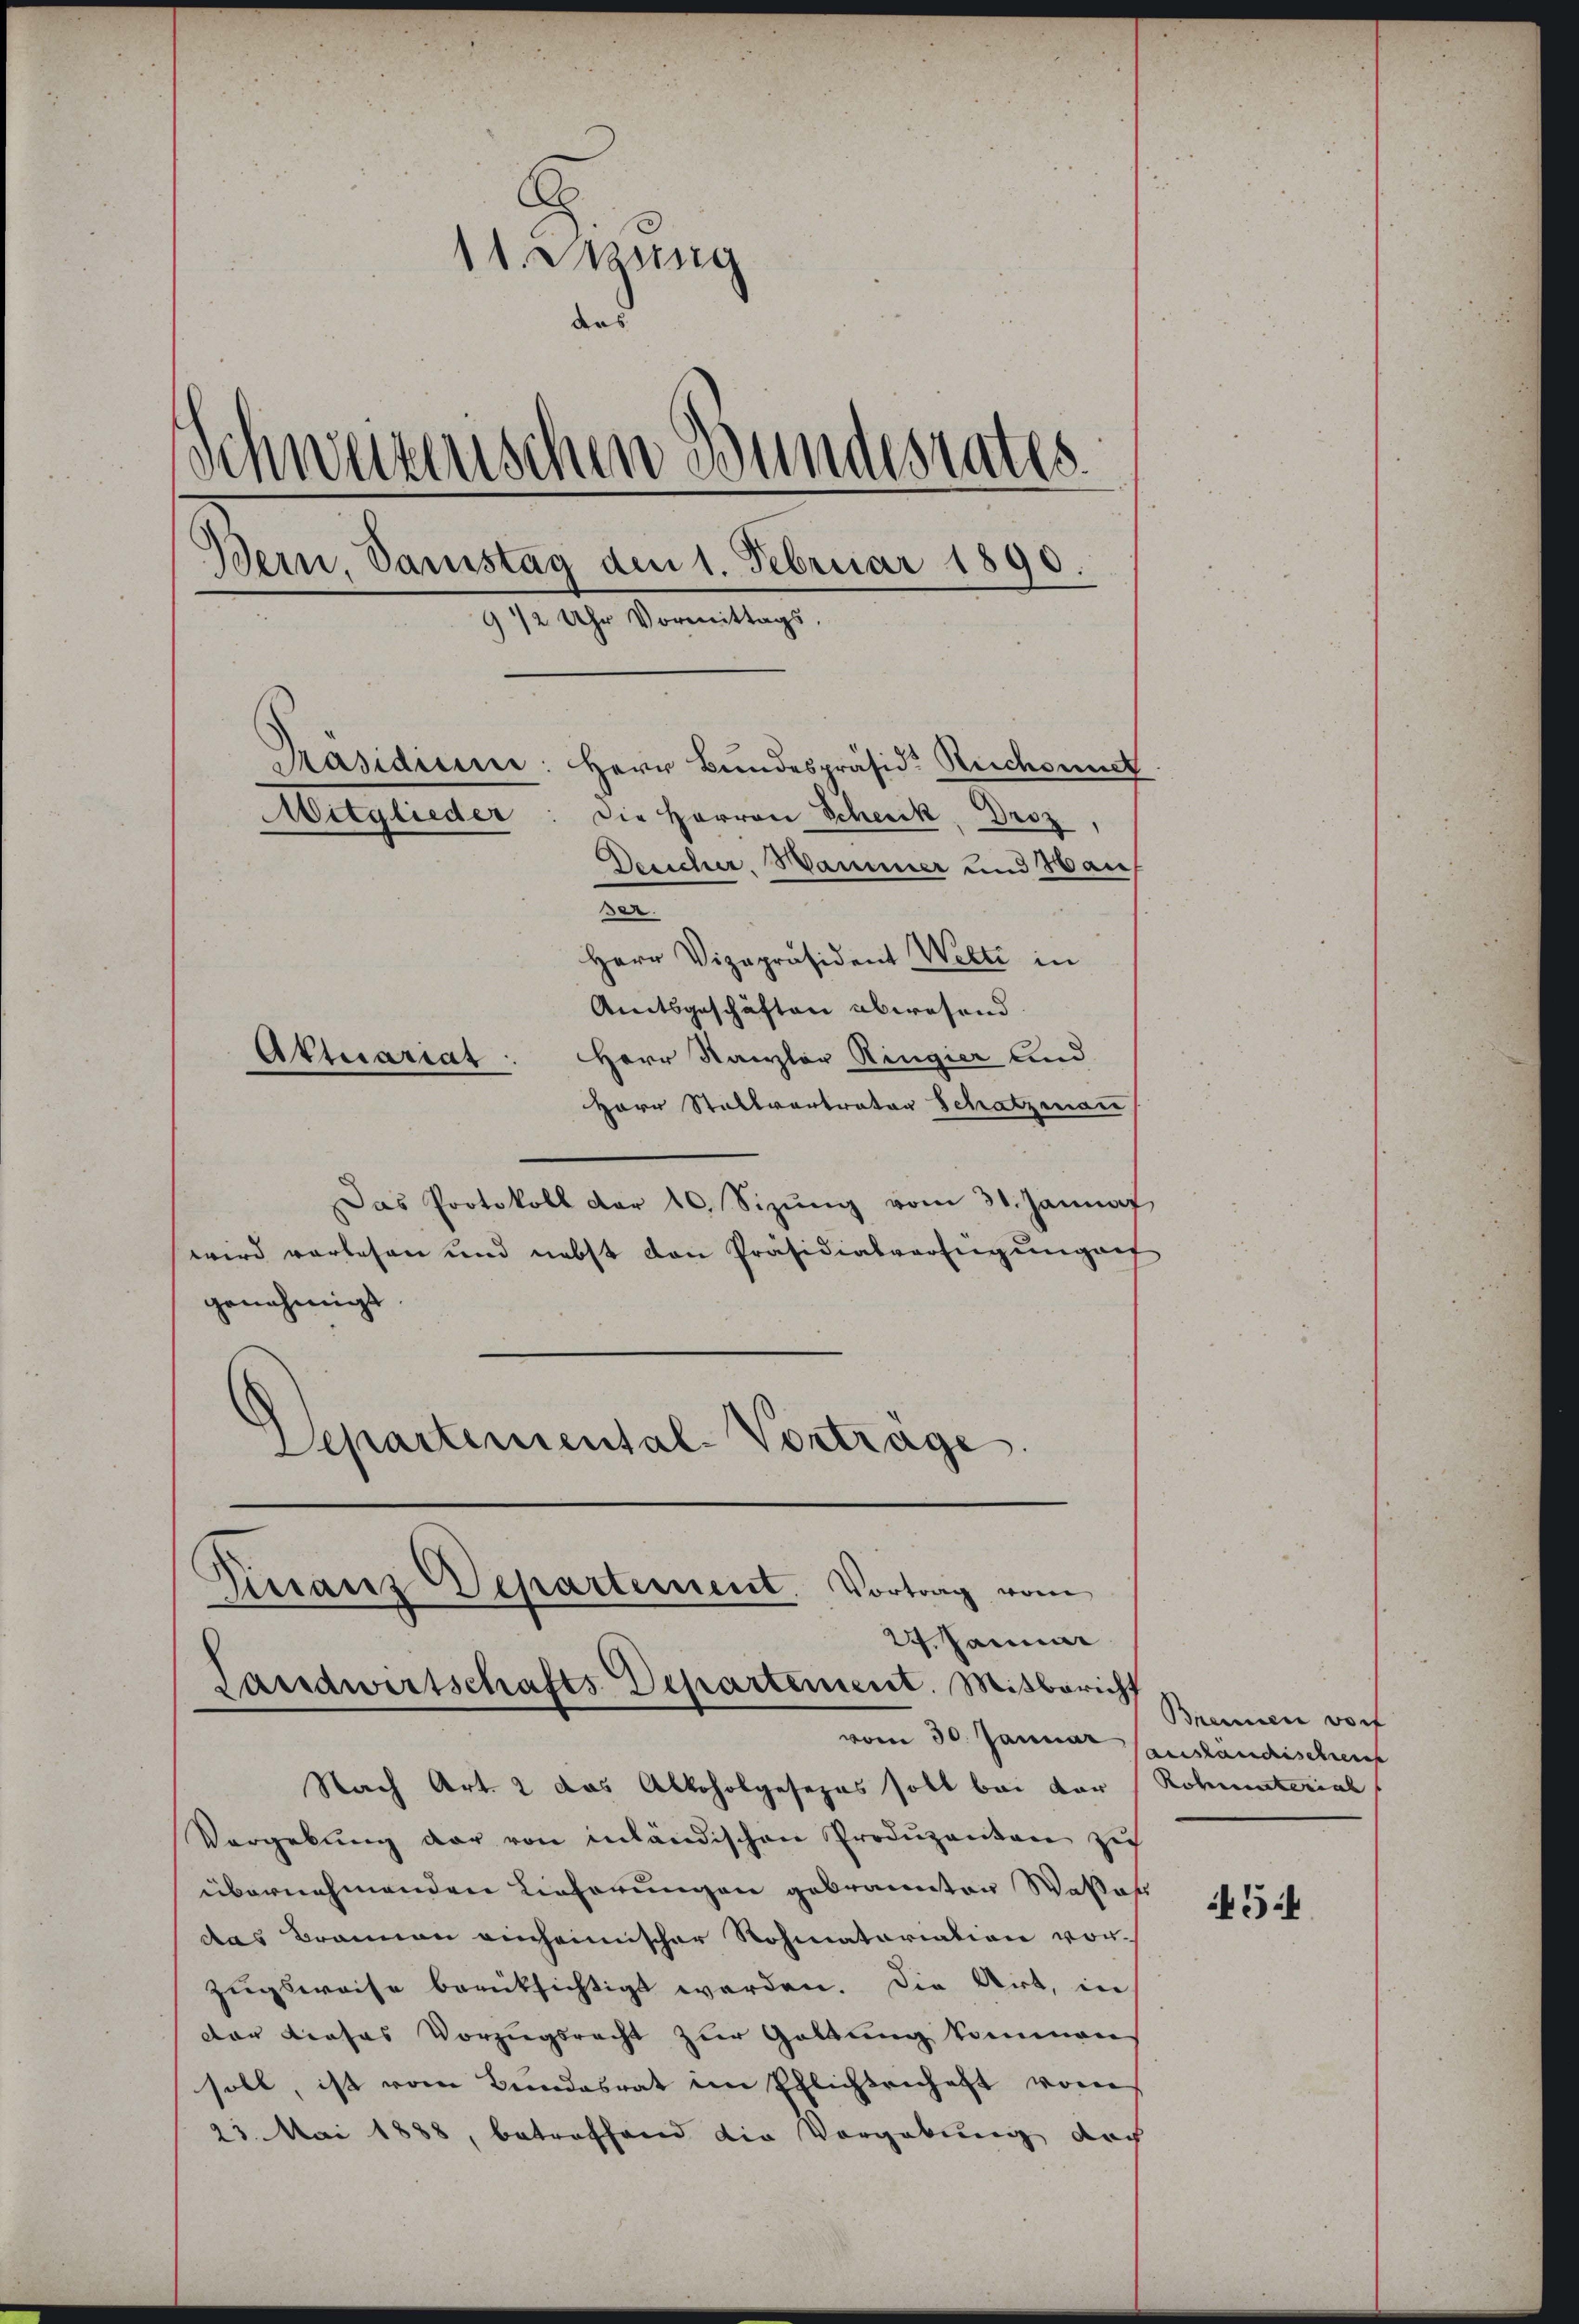
1t Massig
ders
Schweizerischen Bundesrates.
Bern, Samstag den 1. Februar 1890.
9 1/2 Uhr Vormittags,
Präsidium: Herr Bundespräsid. Reichsundt
Mitglieder: die Herren Schenk, Droz,
Desicher. Hammer und Wan
2
Herr Vizepräsident Welti in
Amtsgeschäften abwesend.
Aktuariat: Herr Kanzler Ringier and

Herr Stallvertrator Schatzman
Das Protokoll der 10. Sizŭng vom 31. Januar
wird vorlesen und nebst den Präsidialverfügungen
genehmigt
Lepartemental-Vortrage

mans Departement. Vortrag vom
24. Januar
Landwirtschafts-Departement. Mitbericht
vom 30. Januar

Nach Art. 2 das Alkoholgesezes soll bei dar
Vergebung der von inländischen Produzenten zu
übernehmenden Lieferungen gebrannten Waltaf
das Brannen einheimischer Rohmatoriation vorzugsweise berücksichtigt werden. Die Art, in
dor dieses Vorzugsrecht zur Geltung kommen
soll, ist vom Bundesrat im Pflichsenhaft vom
23. Mai 1888, betreffend die Vorgebung doch

Brennen Dorf
ausländischen
Rohnunterial

454